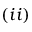
( i i )